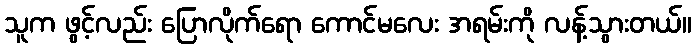
သူက ဖွင့်လည်း ပြောလိုက်ရော ကောင်မလေး အရမ်းကို လန့်သွားတယ်။